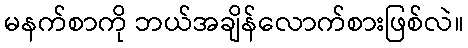
မနက်စာကို ဘယ်အချိန်လောက်စားဖြစ်လဲ။